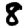
Digit: 8